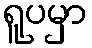
ရူပမှာ